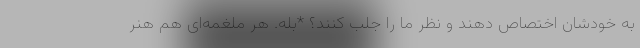
به خودشان اختصاص دهند و نظر ما را جلب کنند؟ *بله. هر ملغمه‌ای هم هنر